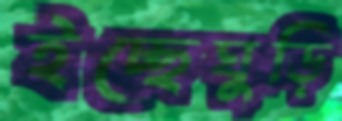
ইচ্ছেঘুড়ি